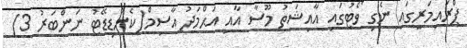
ޕްރައިމަރީގައި ނެގި ވޯޓުގައި އާއިޝަތު މޫސާ އާއި އަޙްމަދު އާސިމް(ކެންޑިޑޭޓު ނަންބަރު 3)